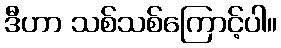
ဒီဟာ သစ်သစ်ကြောင့်ပါ။